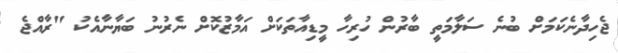
ޖެހިދާނެކަމަށް ބުނެ ސަލާމަތީ ބާރުން ހުރިހާ މީޑިއާތަކަށް އަމާޒުކޮށް ނެރުނު ބަޔާނާއެކު "ރާއްޖެ